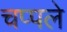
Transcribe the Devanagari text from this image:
चप्पले